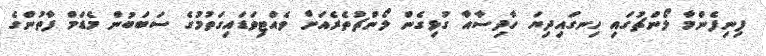
ފިނިފެންމާ ލޯންޗުގައި ހިނގައިދިޔަ ހާދިސާއާ ގުޅިގެން ލޯންޗުތެރެއަށް ވެއްޓިވަޑައިގަތުމުގެ ސަބަބުން މެޑަމް ފާތުންގެ